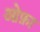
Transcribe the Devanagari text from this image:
ओफ़ा